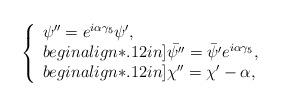
LaTeX: \begin{align*}\left\{\begin{array}{l} \psi''=e^{i\alpha\gamma_{5}}\psi',\\begin{align*}.12in]\bar{\psi''}=\bar{\psi'}e^{i\alpha\gamma_{5}},\\begin{align*}.12in]\chi''=\chi'-\alpha,\end{array}\right.\end{align*}